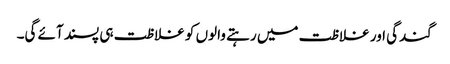
گندگی اور غلاظت میں رہتے والوں کو غلاظت ہی پسند آئے گی۔